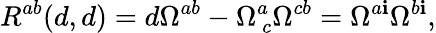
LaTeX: {R}^{ab}(d,d)=d\Omega^{ab}-\Omega_{~c}^{a}\Omega^{cb}=\Omega^{a\mathbf{i}}\Omega^{b\mathbf{i}},